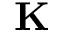
\mathbf { K }